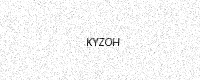
Text: KYZOH